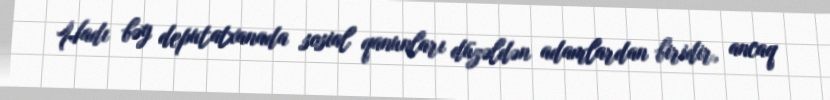
Hadı bəy deputatxanada sosial qanunları düzəldən adamlardan biridir, ancaq